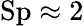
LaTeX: \mathrm{Sp}\approx 2